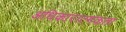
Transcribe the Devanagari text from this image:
अधिकारात्मकता